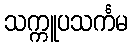
သက္ကူပသင်္ကမ